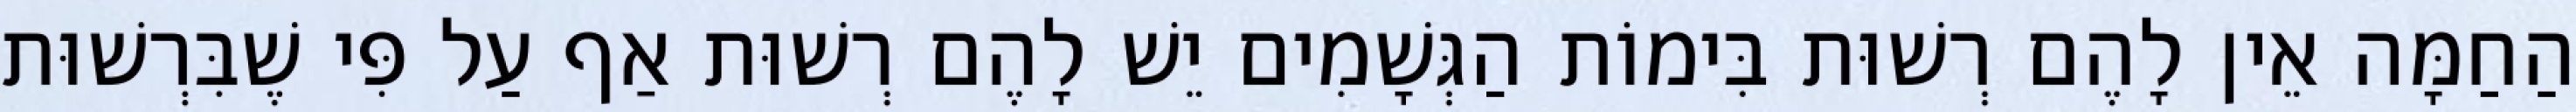
הַחַמָּה אֵין לָהֶם רְשׁוּת בִּימוֹת הַגְּשָׁמִים יֵשׁ לָהֶם רְשׁוּת אַף עַל פִּי שֶׁבִּרְשׁוּת